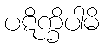
ပဋိက္ခိပါမိ